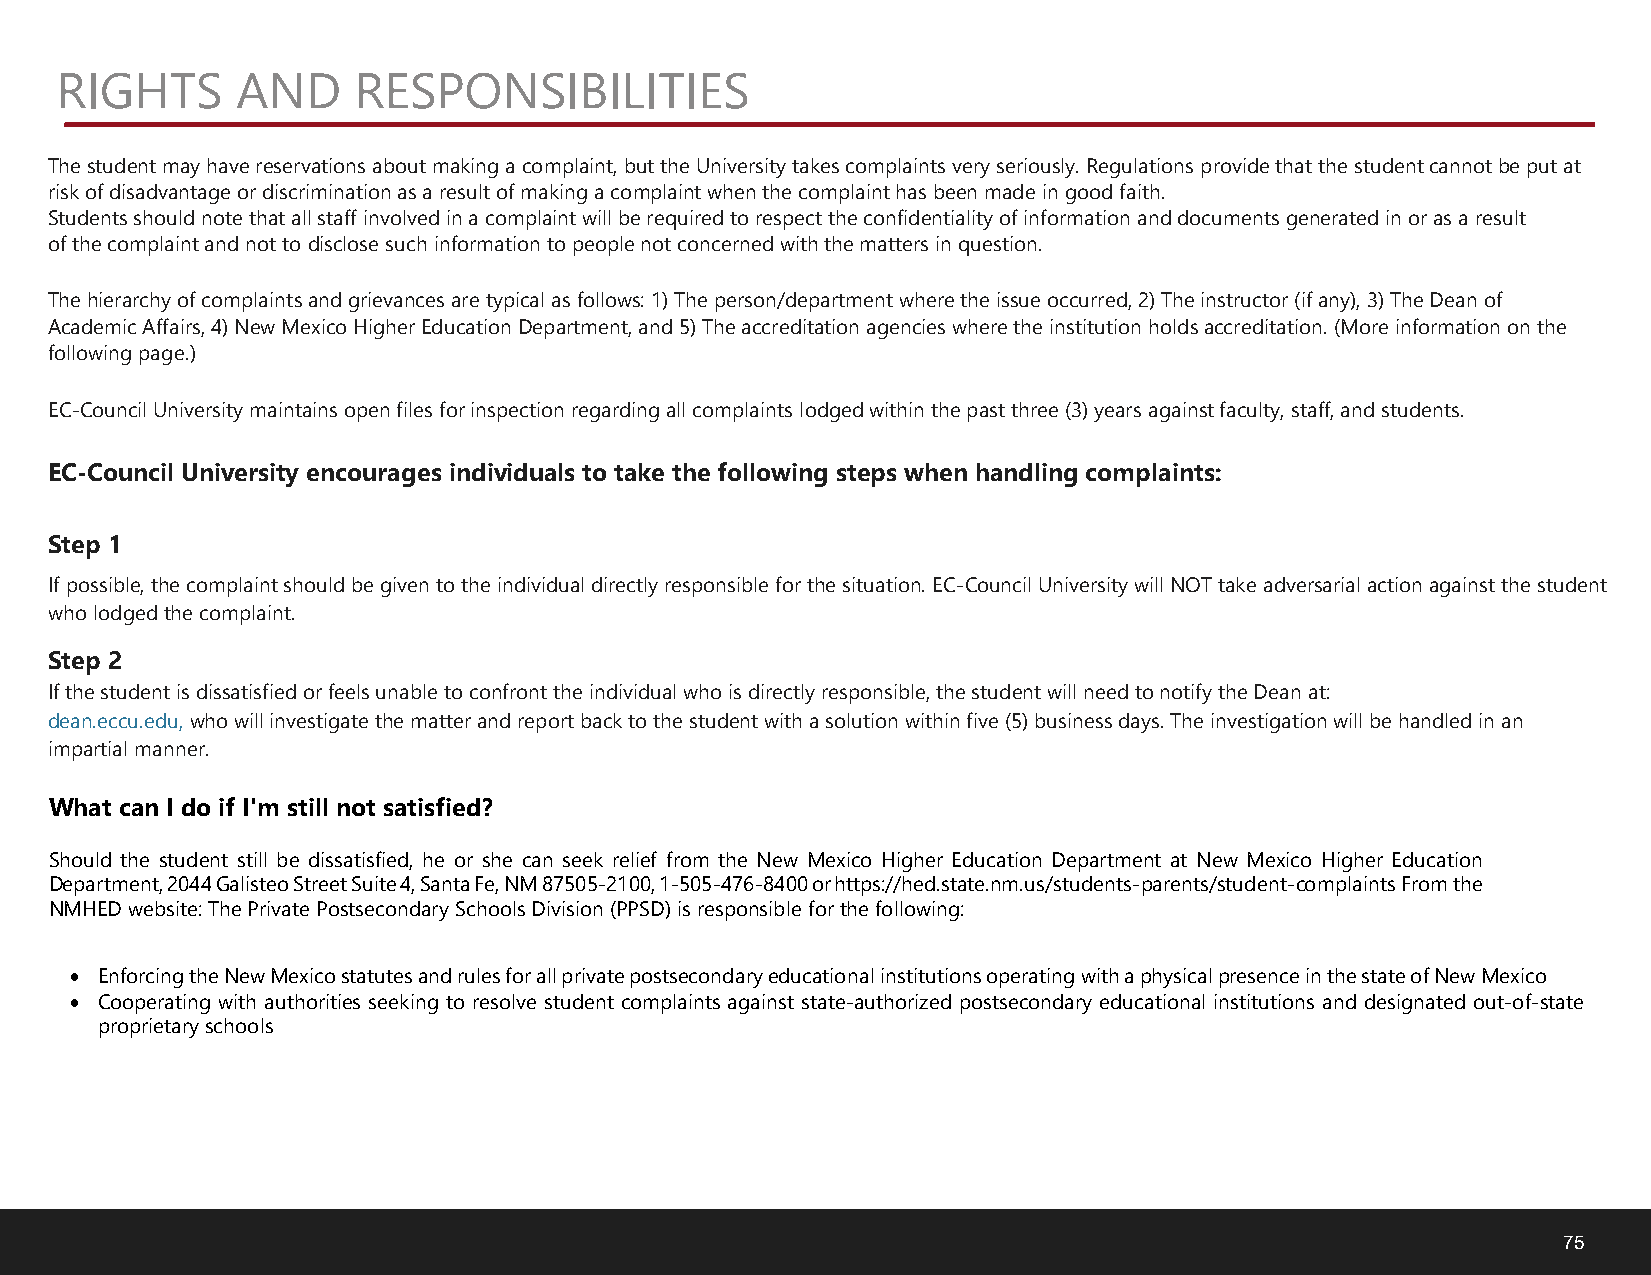
RIGHTS      AND    RESPONSIBILITIES
 The student may have reservations about making a complaint, but the University takes complaints very seriously. Regulations provide that the student cannot be put at
 risk of disadvantage or discrimination as a result of making a complaint when the complaint has been made in good faith.
 Students should note that all staff involved in a complaint will be required to respect the confidentiality of information and documents generated in or as a result
 of the complaint and not to disclose such information to people not concerned with the matters in question.
 The hierarchy of complaints and grievances are typical as follows: 1) The person/department where the issue occurred, 2) The instructor (if any), 3) The Dean of
 Academic Affairs, 4) New Mexico Higher Education Department, and 5) The accreditation agencies where the institution holds accreditation. (More information on the
 following page.)
 EC-Council University maintains open files for inspection regarding all complaints lodged within the past three (3) years against faculty, staff, and students.
 EC-Council University encourages individuals to take the following steps when handling complaints:
 Step 1
 If possible, the complaint should be given to the individual directly responsible for the situation. EC-Council University will NOT take adversarial action against the student
 who lodged the complaint.
 Step 2
 If the student is dissatisfied or feels unable to confront the individual who is directly responsible, the student will need to notify the Dean at:
 dean.eccu.edu, who will investigate the matter and report back to the student with a solution within five (5) business days. The investigation will be handled in an
 impartial manner.
 What can I do if I'm still not satisfied?
 Should the student still be dissatisfied, he or she can seek relief from the New Mexico Higher Education Department at New Mexico Higher Education
 Department, 2044 Galisteo Street Suite 4, Santa Fe, NM 87505-2100, 1-505-476-8400 or https://hed.state.nm.us/students-parents/student-complaints From the
 NMHED website: The Private Postsecondary Schools Division (PPSD) is responsible for the following:
 • Enforcing the New Mexico statutes and rules for all private postsecondary educational institutions operating with a physical presence in the state of New Mexico
 • Cooperating with authorities seeking to resolve student complaints against state-authorized postsecondary educational institutions and designated out-of-state
 proprietary schools
 75